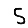
Digit: 5